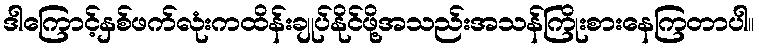
ဒါကြောင့်နှစ်ဖက်လုံးကထိန်းချုပ်နိုင်ဖို့အသည်းအသန်ကြိုးစားနေကြတာပါ။